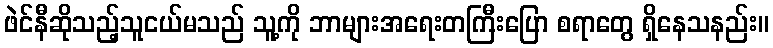
ဖဲင်နီဆိုသည့်သူငယ်မသည် သူ့ကို ဘာများအရေးတကြီးပြော စရာတွေ ရှိနေသနည်း။